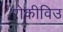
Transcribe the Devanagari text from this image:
रोकीविउ